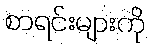
စာရင်းများကို